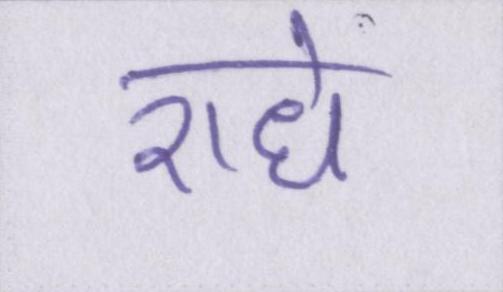
राधे